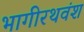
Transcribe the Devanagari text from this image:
भागीरथवंश